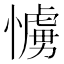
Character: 𢢛